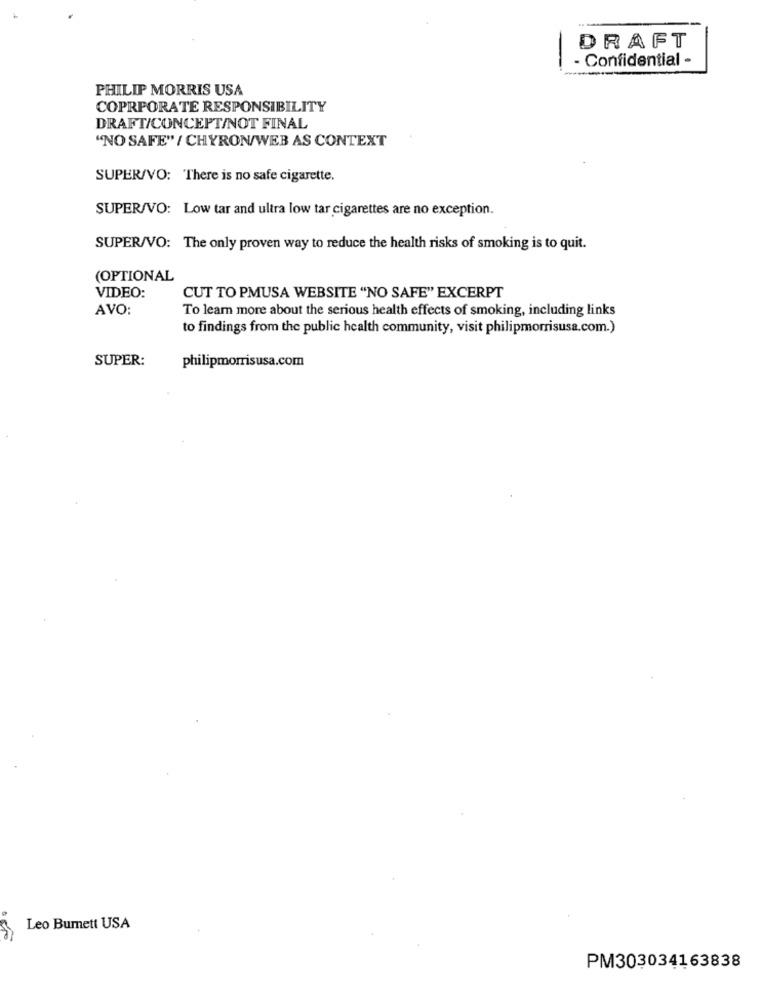
DRAFT
- Confidential -
PHILIP MORRIS USA
COPRFORATE RESPONSIBILITY
DRAFT/CONCEPT/NOT FINAL
"NO SAFE" / CHYRON/WEB AS CONTEXT
SUPER/VO: There is no safe cigarette.
SUPER/VO: Low tar and ultra low tar cigarettes are no exception.
SUPER/VO: The only proven way to reduce the health risks of smoking is to quit.
(OPTIONAL
VIDEO:
CUT TO PMUSA WEBSITE "NO SAFE" EXCERPT
AVO:
To learn more about the serious health effects of smoking, including links
to findings from the public health community, visit philipmorrisusa.com.)
SUPER:
philipmorrisusa.com
Leo Burnett USA
PM303034163838